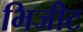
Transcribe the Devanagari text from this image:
भिजीट